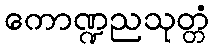
ကောဏ္ဍညသုတ္တံ